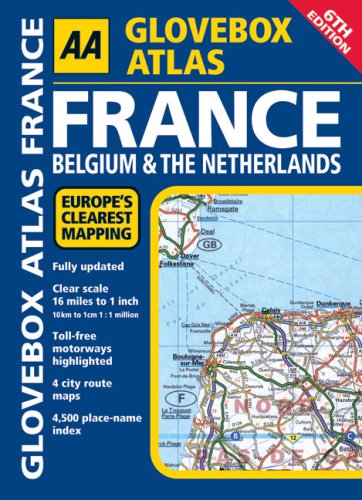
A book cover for AA Glovebox Atlas France: Belgium & The Netherlands; AA Publishing; Travel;